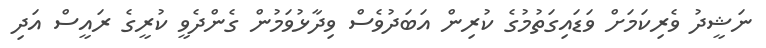
ނަޝީދު ވެރިކަމަށް ވަޑައިގަތުމުގެ ކުރިން އަބަދުވެސް ވިދާޅުވަމުން ގެންދެވީ ކުރީގެ ރައީސް އަދި